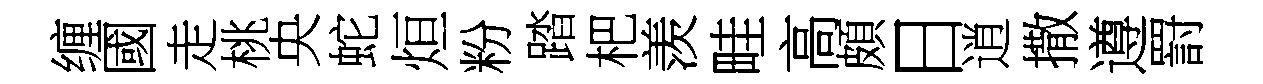
缠國走桃央蛇烜粉踏杷羡畦高頗日逍撒遵罸